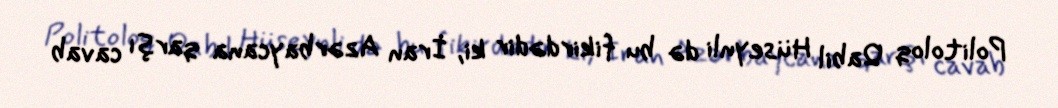
Politoloq Qabil Hüseynli də bu fikirdədir ki, İran Azərbaycana qarşı cavab